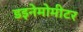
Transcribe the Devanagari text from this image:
डइनेमोमीटर